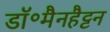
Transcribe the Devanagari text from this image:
डॉ॰मैनहैट्टन